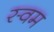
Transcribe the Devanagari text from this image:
स्वम